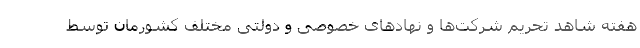
هفته شاهد تحریم‌ شرکت‌ها و نهادهای خصوصی و دولتی مختلف کشورمان توسط